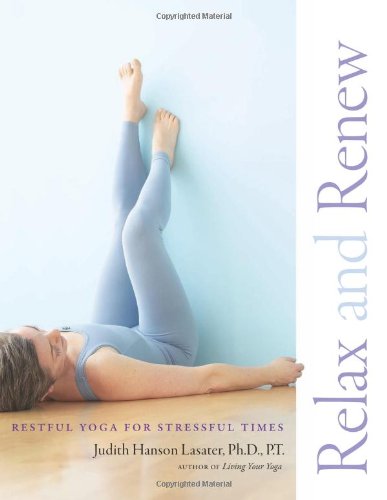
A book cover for Relax and Renew: Restful Yoga for Stressful Times; Judith Hanson Lasater Ph.D.; Self-Help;